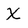
Character: X